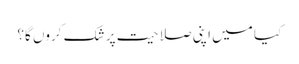
کیا میں اپنی صلاحیت پر شک کروں گا؟